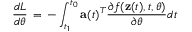
\frac { d L } { d \theta } \, = \, - \int _ { t _ { 1 } } ^ { t _ { 0 } } \mathbf { a } ( t ) ^ { T } \frac { \partial f ( \mathbf { z } ( t ) , t , \theta ) } { \partial \theta } d t